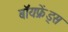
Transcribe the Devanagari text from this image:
बॉयफ्रेंड्स